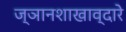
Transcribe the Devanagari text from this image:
ज्ञानशाखाव्दारे